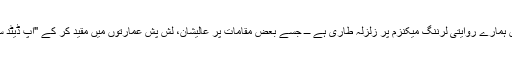
اب یہ کہنا ہے کہ صدیوں سے رواں ہمارے روایتی لرننگ میکنزم پر زلزلہ طاری ہے ـــ جسے بعض مقامات پر عالیشان، لش پش عمارتوں میں مقید کر کے "اپ ڈیٹد سسٹم” کے بطور پیش کِیا جا رہا تھا۔